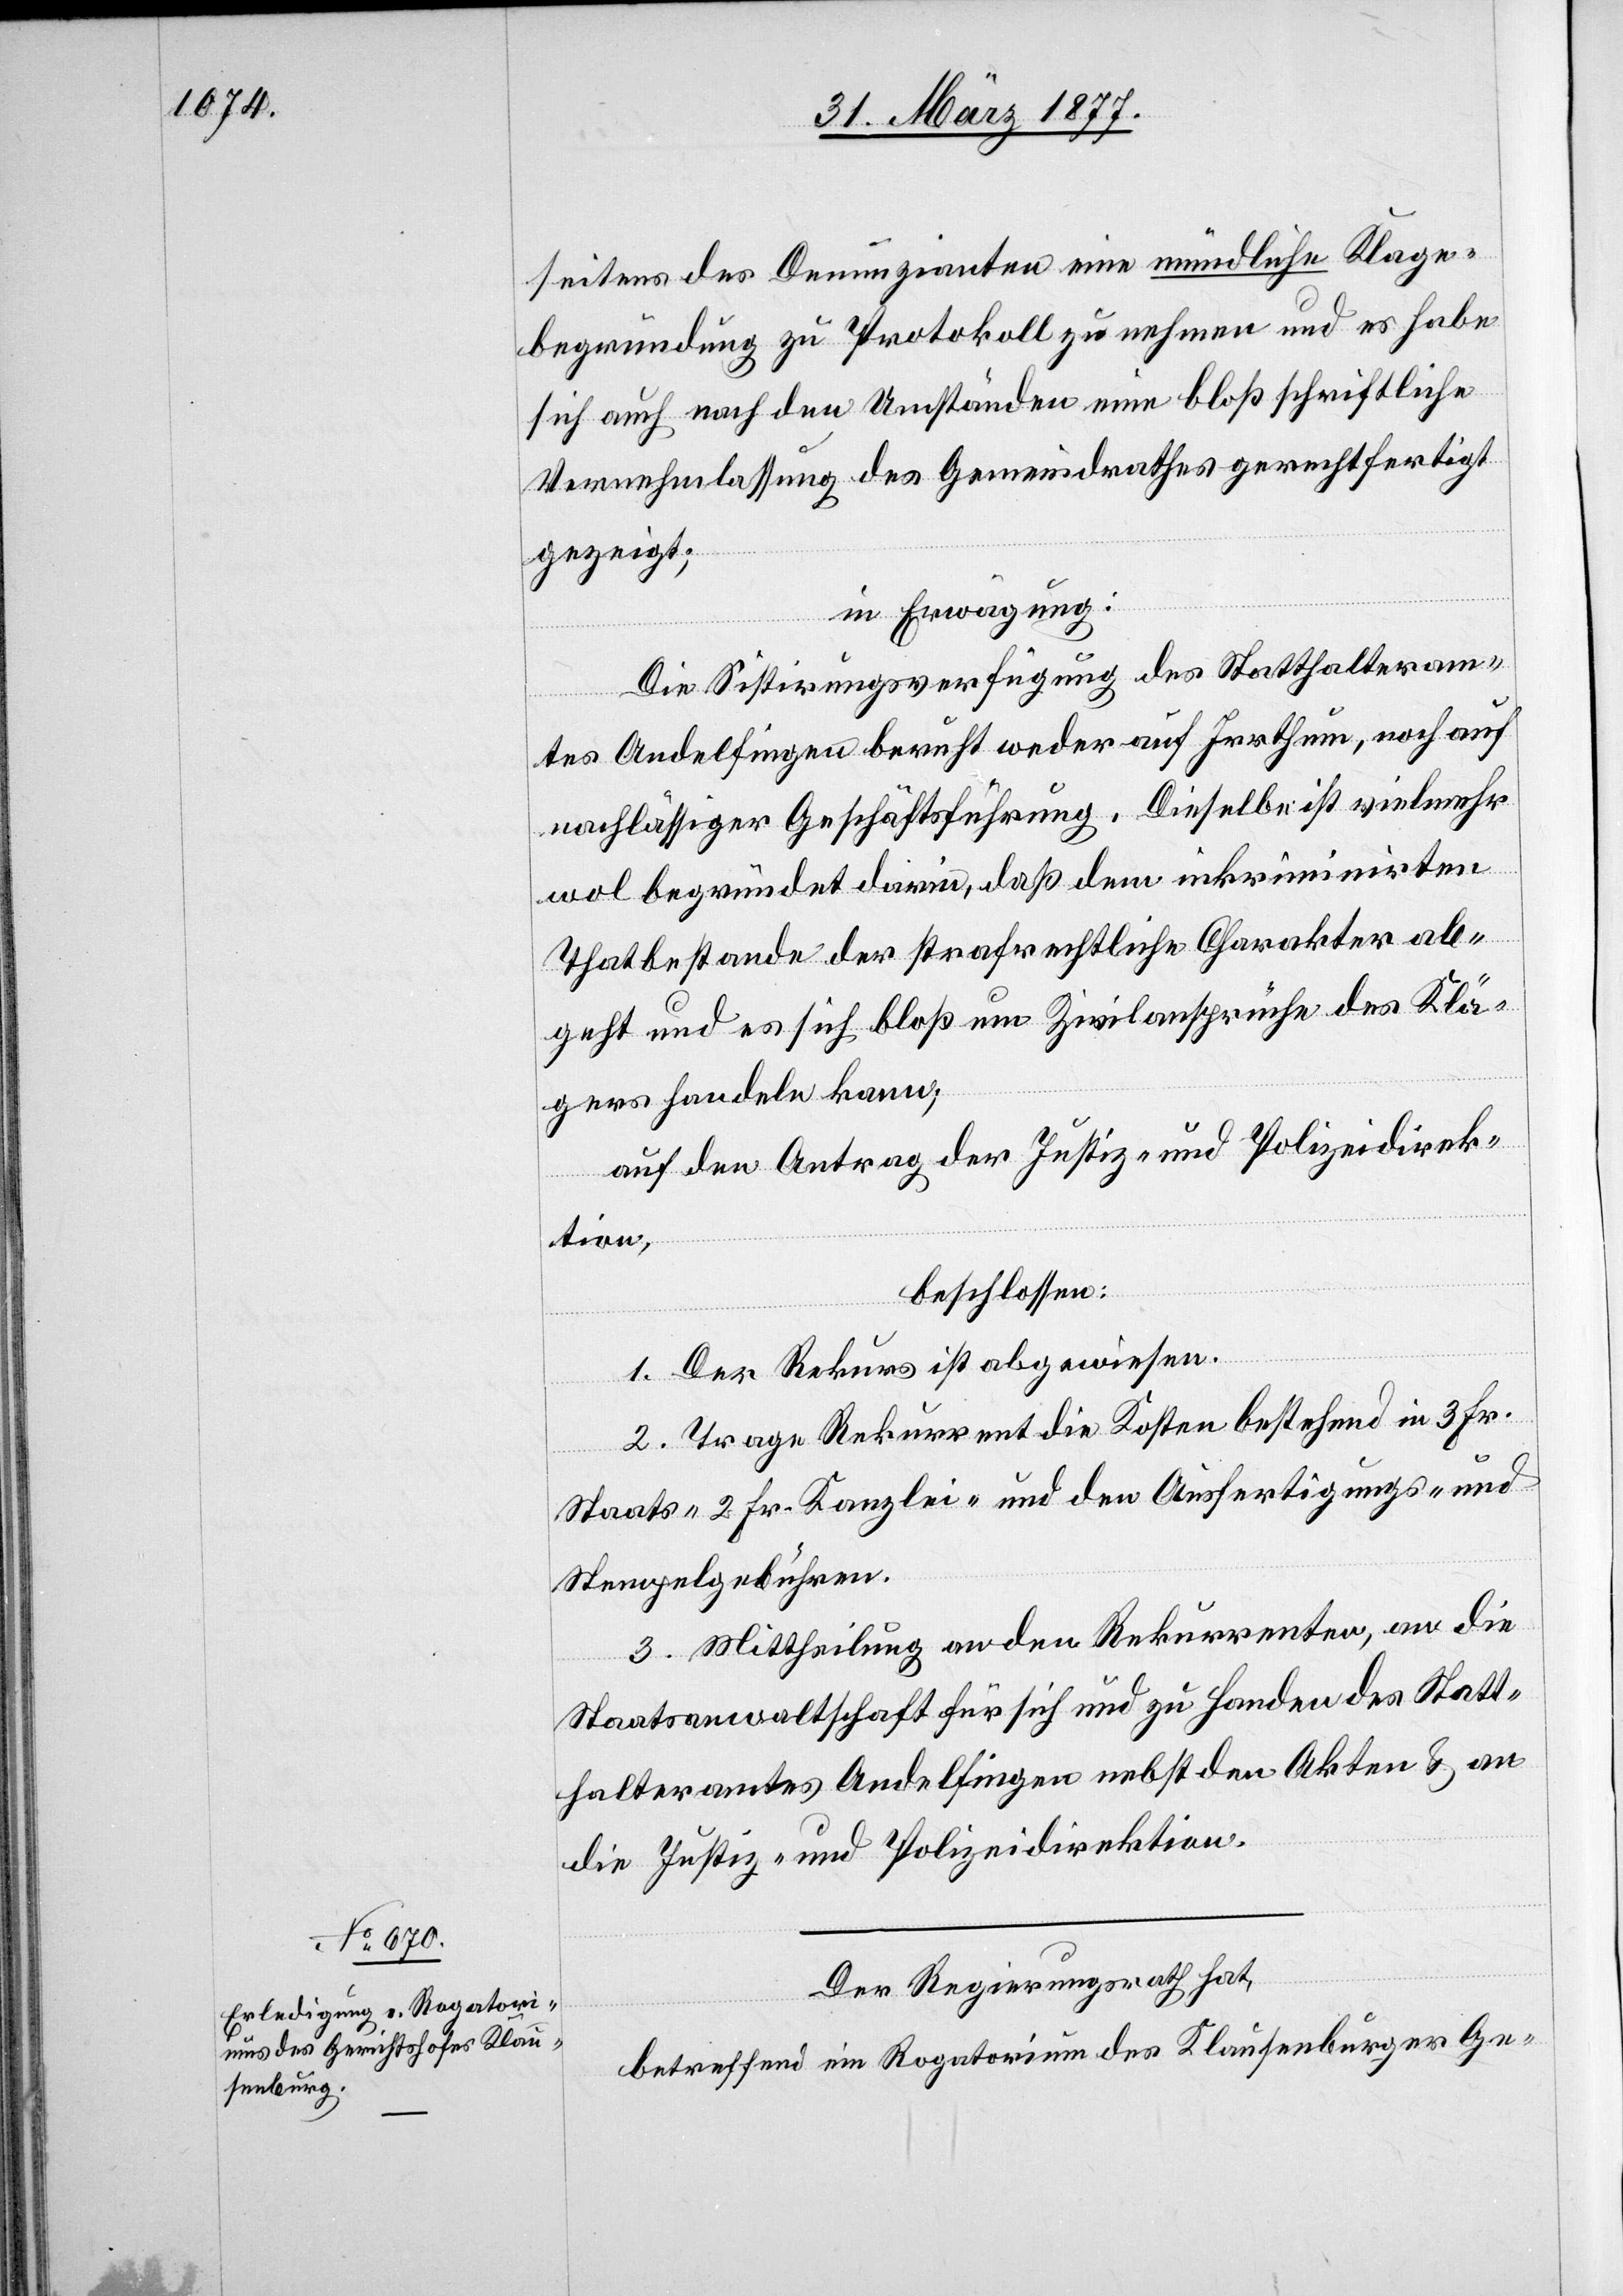
seitens des Denunzianten eine mündliche Klage¬
begründung zu Protokoll zu nehmen und es habe
sich auch nach den Umständen eine bloß schriftliche
Vernehmlassung des Gemeindrathes gerechtfertigt
gezeigt;
in Erwägung:
Die Sistirungsverfügung des Statthalteram¬
tes Andelfingen beruht weder auf Irrthum, noch auf
nachlässiger Geschäftsführung. Dieselbe ist vielmehr
wol begründet darin, daß dem inkriminirten
Thatbestande der strafrichterliche Charakter ab¬
geht und es sich bloß um Zivilansprüche des Klä¬
gers handeln kann;
auf den Antrag der Justiz- und Polizeidirek¬
tion,
beschlossen:
1. Der Rekurs ist abgewiesen.
2. Trage Rekurrent die Kosten bestehend in 3 Fr.
Staats-[,] 2 Fr. Kanzlei- und den Ausfertigungs- und
Stempelgebühren.
3. Mittheilung an den Rekurrenten, an die
Staatsanwaltschaft für sich und zu Handen des Statt¬
halteramtes Andelfingen nebst den Akten & an
die Justiz- und Polizeidirektion.
Der Regierungsrath hat,
betreffend ein Rogatorium des Klausenburger Ge-